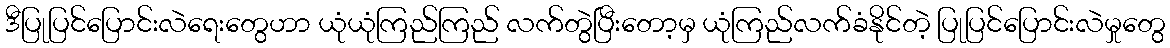
ဒီပြုပြင်ပြောင်းလဲရေးတွေဟာ ယုံယုံကြည်ကြည် လက်တွဲပြီးတော့မှ ယုံကြည်လက်ခံနိုင်တဲ့ ပြုပြင်ပြောင်းလဲမှုတွေ